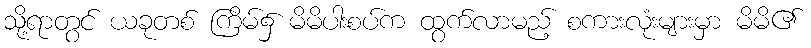
သို့ရာတွင် ယခုတစ် ကြိမ်၌ မိမိပါးစပ်က ထွက်လာမည့် စကားလုံးများမှာ မိမိ၏